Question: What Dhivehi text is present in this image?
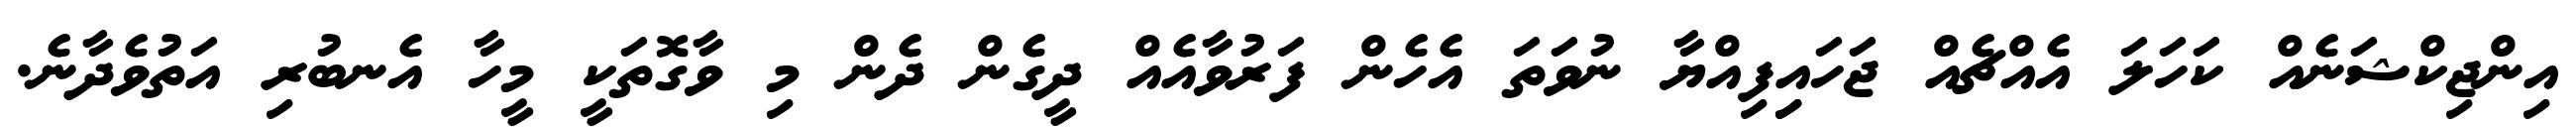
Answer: އިންޖިކްޝަނެއް ކަހަލަ އެއްޗެއް ޖަހައިިފިއްޔާ ނުވަތަ އެހެން ފަރުވާއެއް ދީގެން ދެން މި ވާގޮތަކީ މީހާ އެނބުރި އަތުވެދާނެ.